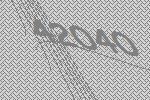
42040